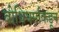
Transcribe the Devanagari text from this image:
बोधिधर्माकडून